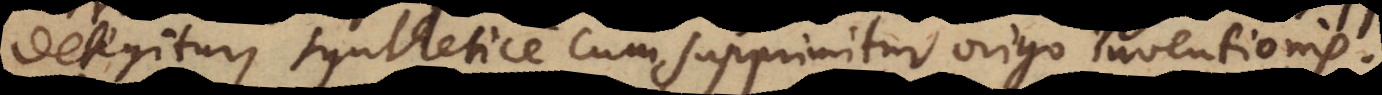
detegitur, synthetice cum supprimitur origo inventionis.